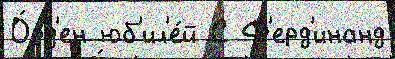
О́рд'ен юб'ил'е́й С Ф'ерд'инанд